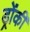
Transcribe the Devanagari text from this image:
ड्रोंकी